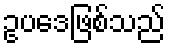
ဥပဒေဖြစ်သည်